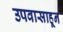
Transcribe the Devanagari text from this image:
उपवासाहून